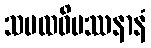
သမထဝိပဿနာနံ